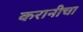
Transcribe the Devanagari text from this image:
करानीचा